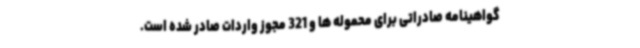
گواهینامه صادراتی برای محموله ها و 321 مجوز واردات صادر شده است.